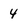
Character: 4